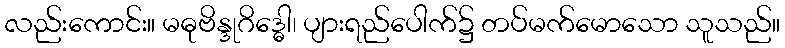
လည်းကောင်း။ မဓုဗိန္ဒုဂိဒ္ဓေါ၊ ပျားရည်ပေါက်၌ တပ်မက်မောသော သူသည်။